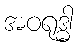
အဝရုဒ္ဓါ